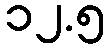
၁၂.၅